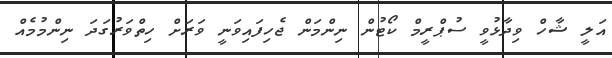
އަލީ ޝާހް ވިދާޅުވީ ސުޕްރީމް ކޯޓުން ނިންމަން ޖެހިފައިވަނީ ވަރަށް ހިތްވަރުގަދަ ނިންމުމެއް